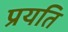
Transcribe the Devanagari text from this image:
प्रयति